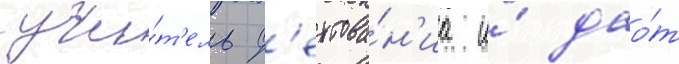
учи́т'ель ф'ехтова́н'иа и́ дао́т